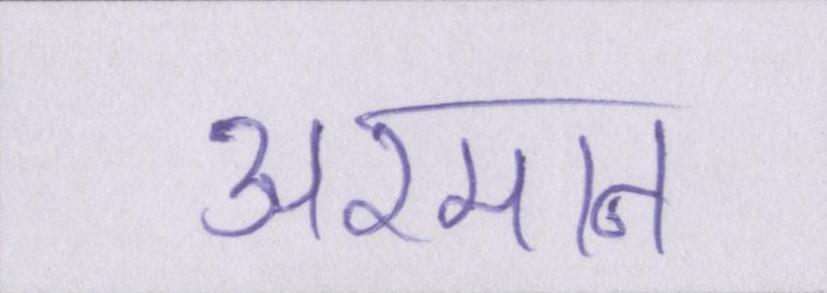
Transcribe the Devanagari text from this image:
अरमान